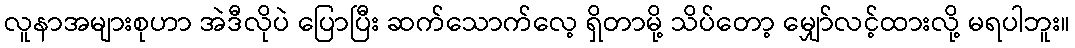
လူနာအများစုဟာ အဲဒီလိုပဲ ပြောပြီး ဆက်သောက်လေ့ ရှိတာမို့ သိပ်တော့ မျှော်လင့်ထားလို့ မရပါဘူး။